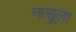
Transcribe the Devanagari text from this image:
नासूला